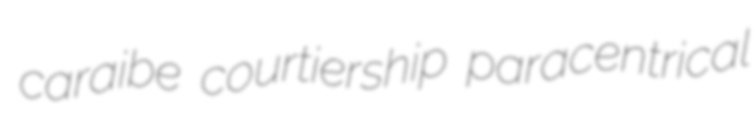
caraibe courtiership paracentrical